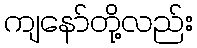
ကျနော်တို့လည်း